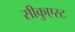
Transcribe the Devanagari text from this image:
सीकुएस्ट